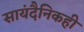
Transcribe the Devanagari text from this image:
सायंदैनिकही